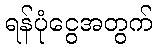
ရန်ပုံငွေအတွက်